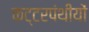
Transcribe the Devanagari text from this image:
कट्टरपंथीयों